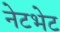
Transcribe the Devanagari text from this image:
नेटभेट